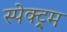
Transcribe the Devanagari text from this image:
स्पेक्ट्र्म